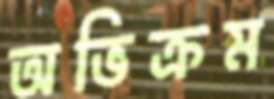
অভিক্রম